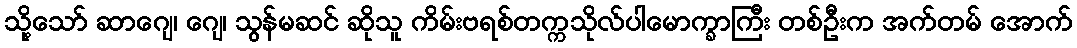
သို့သော် ဆာဂျေ၊ ဂျေ၊ သွန်မဆင် ဆိုသူ ကိမ်းဗရစ်တက္ကသိုလ်ပါမောက္ခာကြီး တစ်ဦးက အက်တမ် အောက်